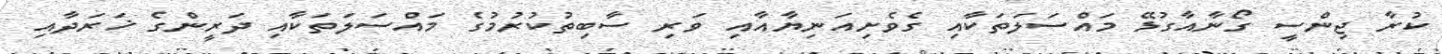
ކުރާ ޖިންސީ ގޯނާއާގުޅޭ މައްސަލަތަކާއި ގެވެށިއަނިޔާއާއި ވަރި ސާބިތުކުރުމުގެ މައްސަލަތަކާއި ދަރީންގެ ޚަރަދާއި